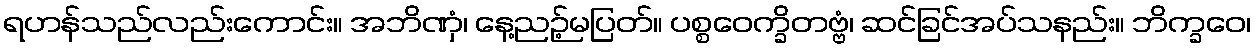
ရဟန်သည်လည်းကောင်း။ အဘိဏှံ၊ နေ့ညဉ့်မပြတ်။ ပစ္စဝေက္ခိတဗ္ဗံ၊ ဆင်ခြင်အပ်သနည်း။ ဘိက္ခဝေ၊